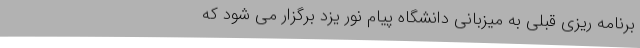
برنامه ریزی قبلی به میزبانی دانشگاه پیام نور یزد برگزار می شود که